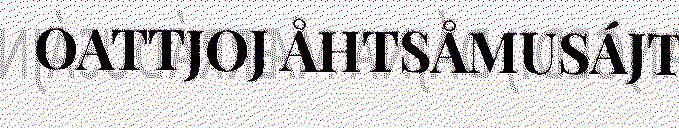
OATTJOJ ÅHTSÅMUSÁJT